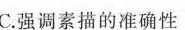
C.强调素描的准确性